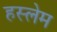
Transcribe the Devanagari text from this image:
हस्लेम